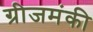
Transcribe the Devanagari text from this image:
ग्रीजमंकी